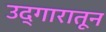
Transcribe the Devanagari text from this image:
उद्गारातून